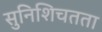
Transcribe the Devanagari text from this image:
सुनिशिचतता